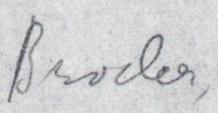
Broder,